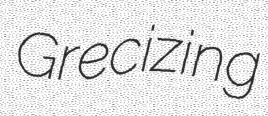
Grecizing